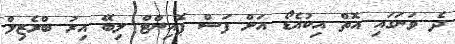
ދެ ވަނަގައި އޮތް އިކުއެޑޯ އަށް ފަސް ޕޮއިންޓް ލިބޭ އިރު ބްރެޒިލް